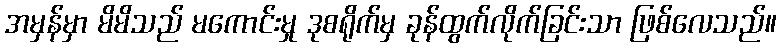
အမှန်မှာ မိမိသည် မကောင်းမှု ဒုစရိုက်မှ ခုန်ထွက်လိုက်ခြင်းသာ ဖြစ်လေသည်။